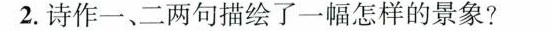
2.诗作一、二两句描绘了一幅怎样的景象?